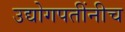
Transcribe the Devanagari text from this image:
उद्योगपतींनीच